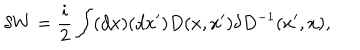
LaTeX: \delta W = { \frac { i } { 2 } } \int ( d x ) ( d x ^ { \prime } ) D ( x , x ^ { \prime } ) \delta D ^ { - 1 } ( x ^ { \prime } , x ) ,